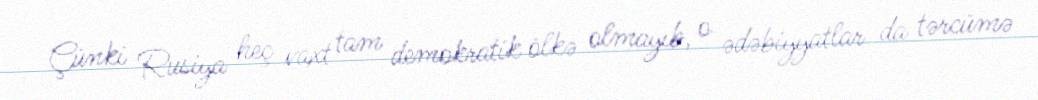
Çünki Rusiya heç vaxt tam demokratik ölkə olmayıb, o ədəbiyyatlar da tərcümə